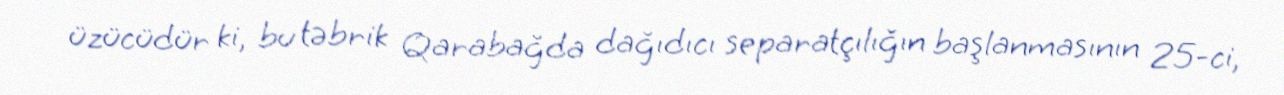
üzücüdür ki, bu təbrik Qarabağda dağıdıcı separatçılığın başlanmasının 25-ci,